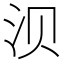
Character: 𬇙